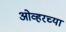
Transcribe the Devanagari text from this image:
ओव्हरच्या